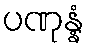
ပဏုန္နံ